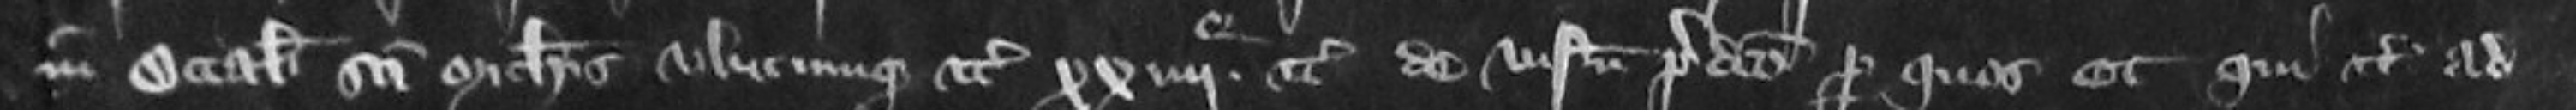
in Octabis Sancti Michaelis ubicumque etc xxiii etc de visneto predicto per quos et qui etc ad